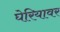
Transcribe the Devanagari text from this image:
घेरियावर